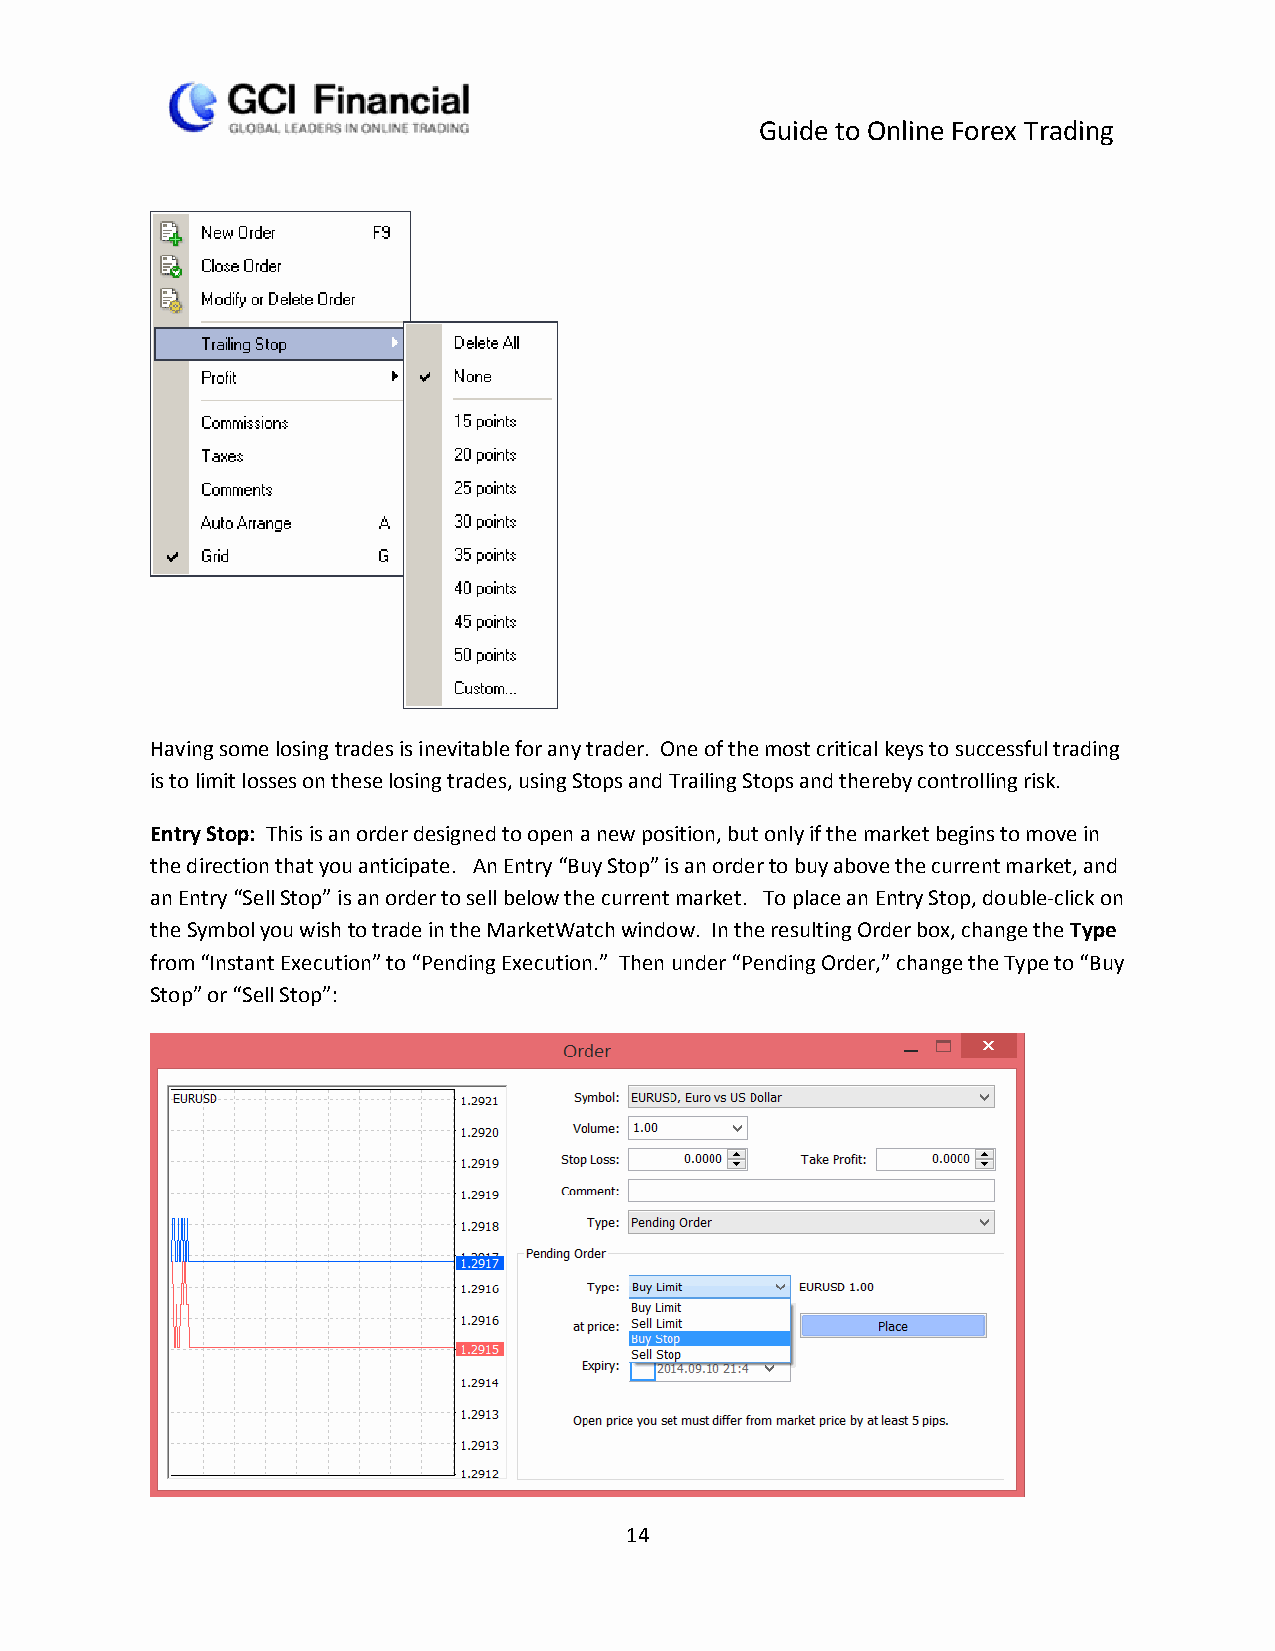
Guide to Online Forex Trading
 Having some losing trades is inevitable for any trader. One of the most critical keys to successful trading
 is to limit losses on these losing trades, using Stops and Trailing Stops and thereby controlling risk.
 Entry Stop: This is an order designed to open a new position, but only if the market begins to move in
 the direction that you anticipate. An Entry “Buy Stop” is an order to buy above the current market, and
 an Entry “Sell Stop” is an order to sell below the current market. To place an Entry Stop, double-click on
 the Symbol you wish to trade in the MarketWatch window. In the resulting Order box, change the Type
 from “Instant Execution” to “Pending Execution.” Then under “Pending Order,” change the Type to “Buy
 Stop” or “Sell Stop”:
 14